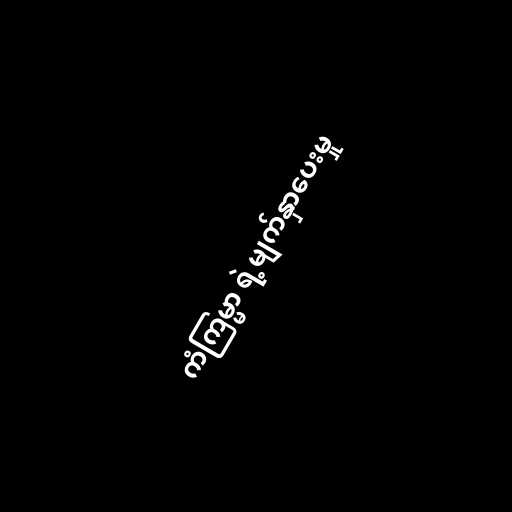
ကံကြမ္မာ ရဲ့မျက်နှာပေးမှု